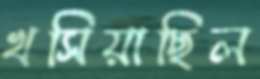
খসিয়াছিল